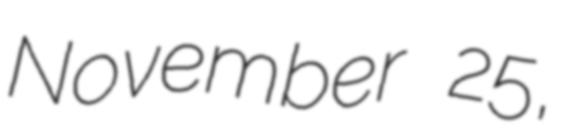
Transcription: November 25,